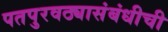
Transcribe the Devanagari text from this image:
पतपुरवठ्यासंबंधीची